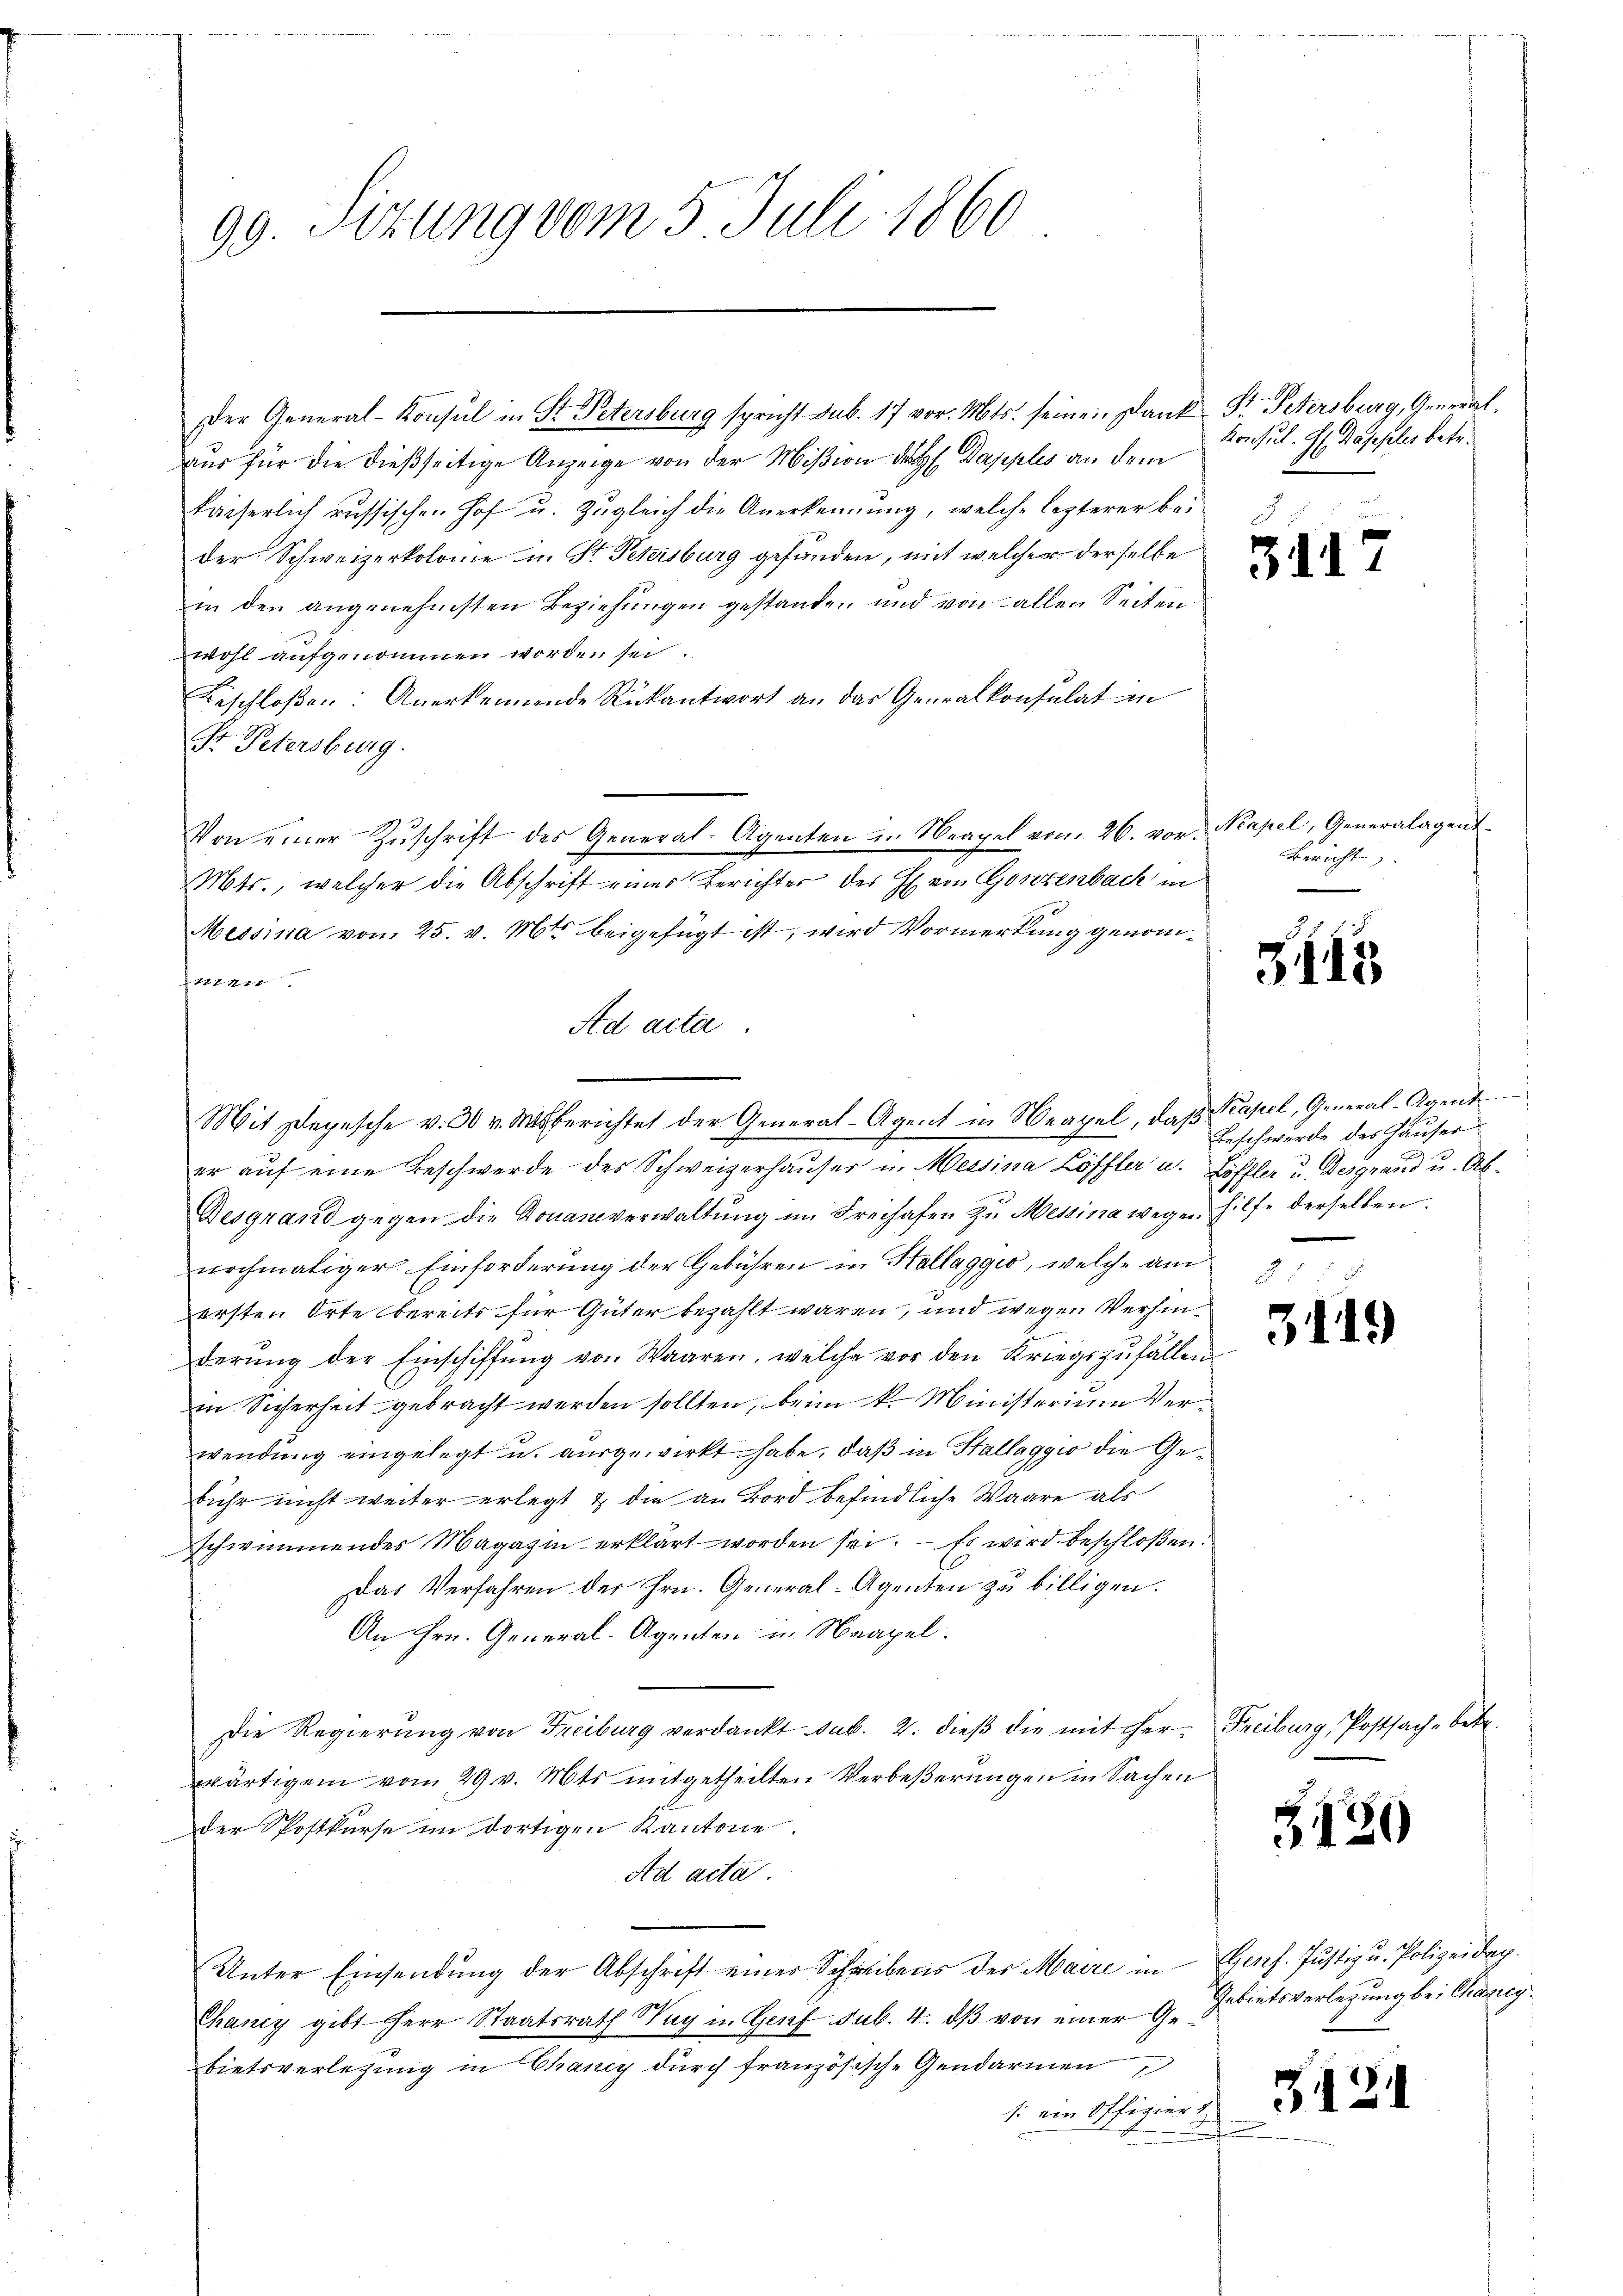
99. Sitzung vom 5. Juli 1860

Der General-Konsul in St. Petersburg spricht sub. 17 vor. Mts. seine Dank St. Petersburg, Generalaus für die dießseitige Anzeige von der Mißion des Dapples an dem
kaiserlich russischen Hof u. zugleich die Anerkennung, welche lezterer bei
der Schweizerkolome in St. Petersburg gefunden, mit welcher derselbe
in den angenehmsten Beziehŭngen gestanden und von allen Seiten
wohl aufgenommen worden sei.
Beschloßen: Anerkennende Rückantwort an das Generalkonsulat in
St. Petersburg.
Von einer Zŭschrift des General-Agenten in Neapel vom 26. vor. Kapel, Generalagent
Mts., welcher die Abschrift eines Berichter der H. von Gonzenbach in
Messina vom 25. v. Mts beigefügt ist, wird Vormerkung genommen.
Ad acta.
er aŭf eine Beschwerde des Schweizerhauser in Messina Löffler u. Löffler u. Desgnand u. Ab¬
Desgrand gegen die Konanzverwaltŭng im Freihafen zŭ Messina wege Hilfe derselben.
nochmaliger Einforderung der Gebühren in Stallaggio, welche am
ersten Orte bereits für Güter bezahlt waren, und wegen Verhinderŭng der Einschiffŭng von Waaren, welche vor den Kriegszŭfällen
in Sicherheit gebracht werden sollten, beim k. Ministerium Verwendung eingelegt u. ausgewirkt habe, daß in Stallaggio die Gebühr nicht weiter erlegt & die an Bord befindliche Waare als
schwimmender Magazin erklärt worden sei. — Es wird beschloßen:
Das Verfahren der Hrn. General-Agenten zu billigen.
An Hrn. General-Agenten in Neapel.
Die Regierung von Freiburg verdankt sub. 2. dieβ die mit her Freiburg, Postsache betr.
wärtigem vom 29. v. Mts. mitgetheilten Verbeßerungen in Sachen
der Postkurse im dortigen Kantone.
Ad acta
Unter Einsendung der Abschrift einer Schreibens der Maire in Genf. Justiz u. Polizeidep
Chancy gibt Herr Staatsrath May in Genf sub. 4. dβ von einer Gebietsverlegung in Chancy durch französische Gendarmen
si ein Offiziert

Mit Depesche v. 30 v. Msberichtet der General-Agent in Neapel, daß Kapel, General-Agent

Konsul. G. Wascheler betr.

34

Bericht
e

3445

Beschwerde des Häuser
2f 5 x

3119

130

1

S

Gebietsverlegung bei Chancy